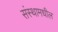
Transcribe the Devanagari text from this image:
संस्थामधील